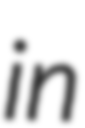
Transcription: in